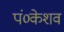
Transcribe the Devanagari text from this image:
पं०केशव